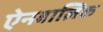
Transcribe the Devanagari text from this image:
ऐनबालिक